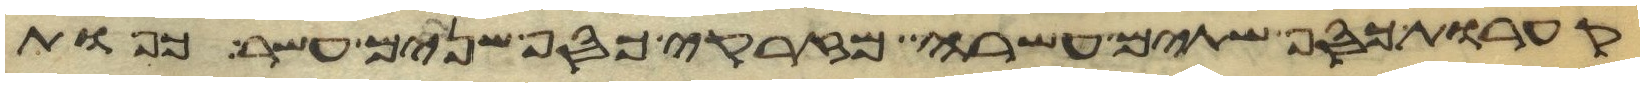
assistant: קערות כסף שתים עשרה מזרקי כסף שנים עשר כפות